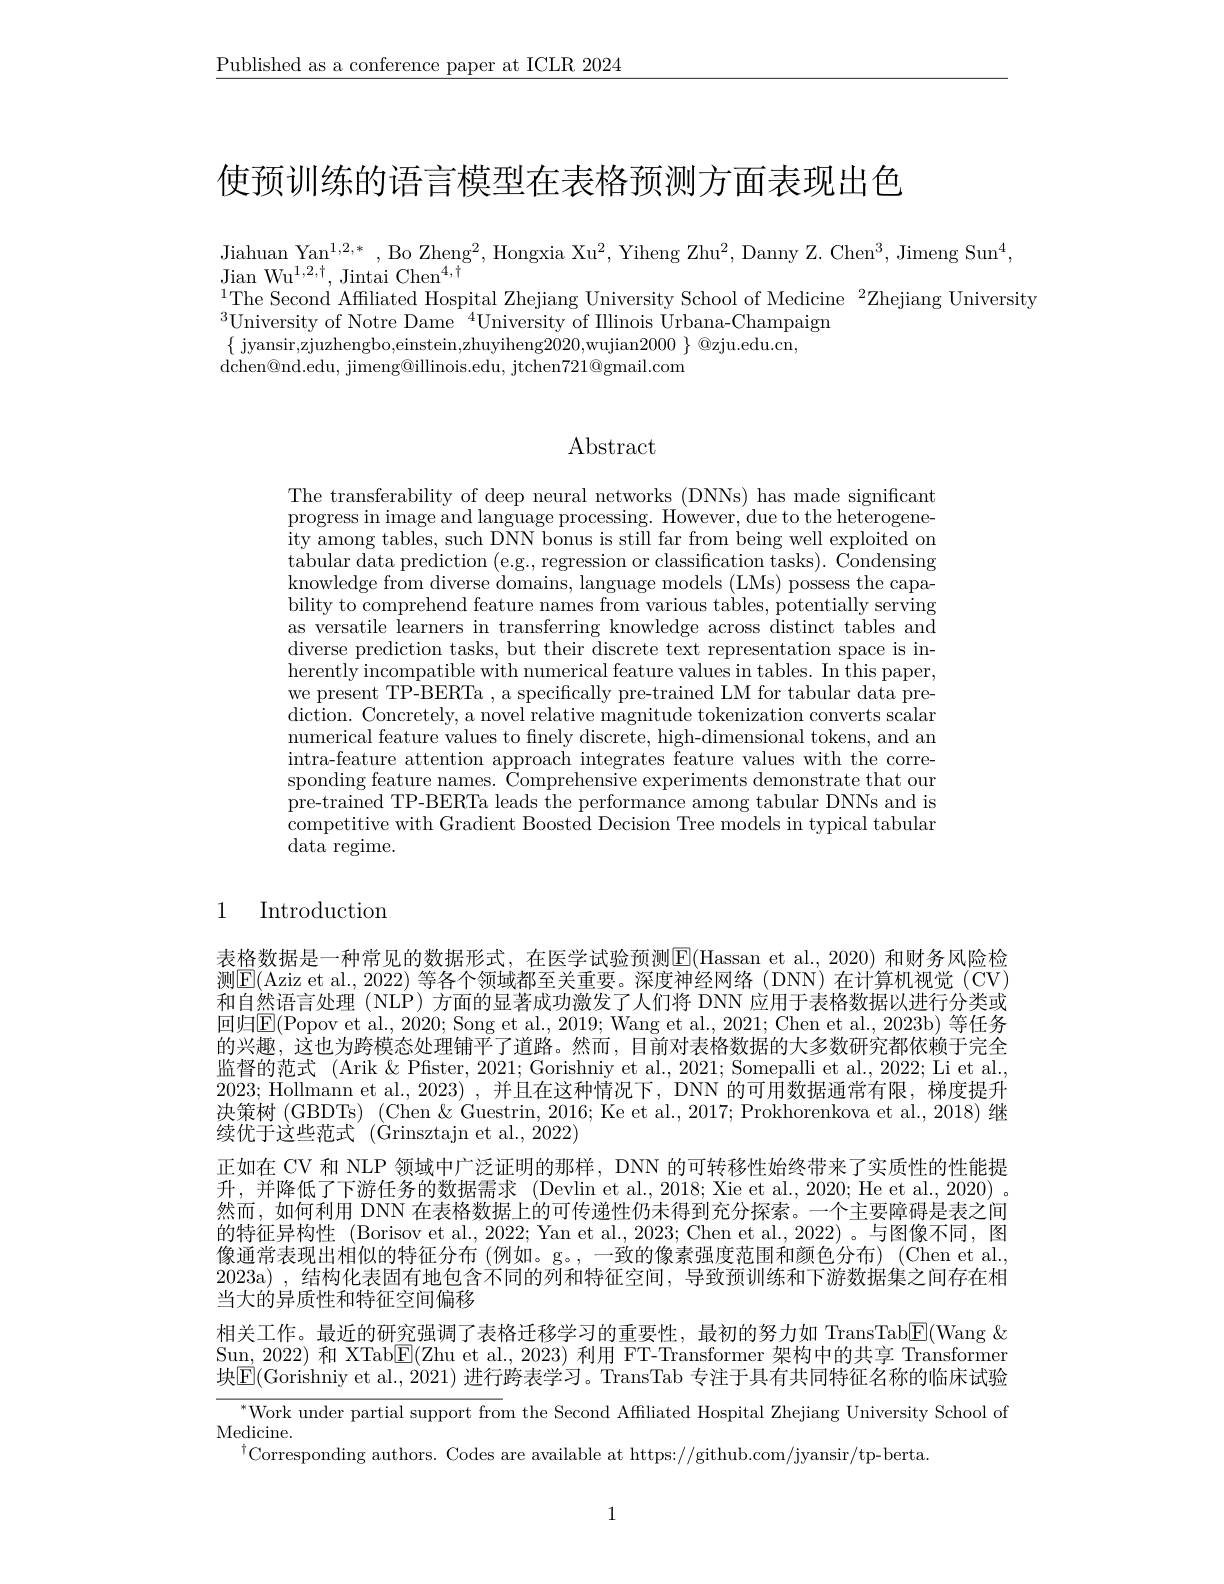
$\underline{\text{Published as a conference paper at ICLR 2024}}$

使预训练的语言模型在表格预测方面表现出色

Jiahuan Yan$^1,2,*$,Bo Zheng$^2$,Hongxia Xu$^2$,Yiheng Zhu$^2$,Danny Z. Chen$^3$,Jimeng Sun$^4$,

$\mathop{\mathrm{Jian~Wu}}^{1,2,\dagger},\mathop{\mathrm{Jintai~Chen}}^{4,\dagger}$
$^{1}$The Second Affliated Hospital Zhejiang University School of Medicine $^2$Zhejiang University
$^{3}$University of Notre Dame$^{4}$University of Illinois Urbana-Champaign
$\{$ jyansir,zjuzhengbo,einstein,zhuyiheng20200,wujian$2000\}$ @zju.edu.cn,
dchen@nd.edu, jimeng@illinois.edu, jtchen721@gmail.com

## $\operatorname{Abstract}$

The transferability of deep neural networks (DNNs) has made significant progress in image and language processing. However, due to the heterogeneity among tables, such DNN bonus is still far from being well exploited on tabular data prediction (e.g., regression or classification tasks). Condensing knowledge from diverse domains, language models (LMs) possess the capability to comprehend feature names from various tables, potentially serving as versatile learners in transferring knowledge across distinct tables and diverse prediction tasks, but their discrete text representation space is inherently incompatible with numerical feature values in tables. In this paper, we present TP-BERTa , a specifically pre-trained LM for tabular data prediction. Concretely, a novel relative magnitude tokenization converts scalar numerical feature values to finely discrete, high-dimensional tokens, and an intra-feature attention approach integrates feature values with the corresponding feature names. Comprehensive experiments demonstrate that our pre-trained TP-BERTa leads the performance among tabular DNNs and is competitive with Gradient Boosted Decision Tree models in typical tabular $\operatorname{data}$ regime.

1 Introduction

表格数据是一种常见的数据形式，在医学试验预测E(Hassan et al.,2020) 和财务风险检测$\boxed{\mathrm{E}(\text{Aziz et al.,2022) 等各个领域都至关重要。深度神经网络 (DNN)在计算机视觉 (CV)}}$ 和自然语言处理(NLP)方面的显著成功激发了人们将 DNN 应用于表格数据以进行分类或回归$\boxed{\mathrm{E}}($Popov et al., 2020; Song et al., 2019; Wang et al., 2021; Chen et al., 2023b) 等任务的兴趣，这也为跨模态处理铺平了道路。然而，目前对表格数据的大多数研究都依赖于完全监督的范式 (Arik &Pfister, 2021; Gorishniy et al., 2021; Somepalli et al., 2022; Li et al., 2023; Hollmann et al., 2023) , 并且在这种情况下，DNN 的可用数据通常有限，梯度提升决策树(GBDTs)(Chen &Guestrin, 2016; Ke et al., 2017; Prokhorenkova et al., 2018) 继续优于这些范式 ( (Grinsztajn et al., 2022)
正如在 CV 和 NLP 领域中广泛证明的那样，DNN 的可转移性始终带来了实质性的性能提升，并降低了下游任务的数据需求 (Devlin et al.,2018; Xie et al.,2020; He et al.,2020) 。然而，如何利用 DNN 在表格数据上的可传递性仍未得到充分探索。一个主要障碍是表之间的特征异构性 (Borisov et al., 2022; Yan et al., 2023; Chen et al., 2022)。与图像不同，图像通常表现出相似的特征分布(例如。g。,一致的像素强度范围和颜色分布)(Chen et al., 2023a),结构化表固有地包含不同的列和特征空间，导致预训练和下游数据集之间存在相当大的异质性和特征空间偏移
相关工作。最近的研究强调了表格迁移学习的重要性，最初的努力如 TransTab$\underline{\mathrm{E}}($Wang $\&$ Sun, 2022) 和 XTab$\overline{\mathrm{E}}($Zhu et al., 2023) 利用 FT-Transformer 架构中的共享 Transformer 块$\mathsf{E}($Gorishniy et al., 2021) 进行跨表学习。TransTab 专注于具有共同特征名称的临床试验
$^{*}$Work under partial support from the Second Affiliated Hospital Zhejiang University School of
Medicine.
$^{\dagger}$Corresponding authors. Codes are available at https://github.com/jyansir/tp-berta.

1